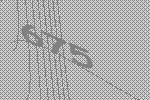
675